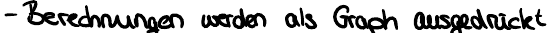
- Berechnungen werden als Graph ausgedrückt